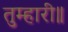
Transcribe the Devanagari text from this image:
तुम्हारी॥